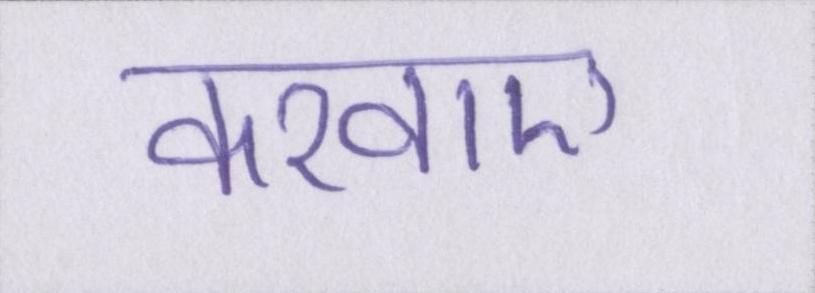
करवाए